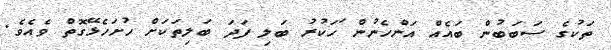
ތަކުގެ ސަބަބުން ބައެއް އަންހެނުން ަހަކުރު ބަލި ފަދަ ބަލިތަކަށް ހުށަހެޅޭގޮތް ވެއެވެ.